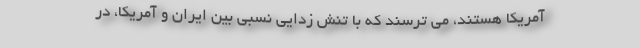
آمریکا هستند، می ترسند که با تنش زدایی نسبی بین ایران و آمریکا، در